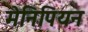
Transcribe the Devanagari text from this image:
मेनिपियन